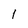
Character: l